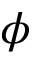
\phi